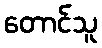
တောင်သူ